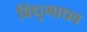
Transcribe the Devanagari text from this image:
बिंधुमाधव